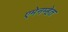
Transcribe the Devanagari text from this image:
एमेनम्हेत